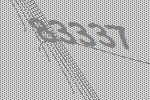
83337